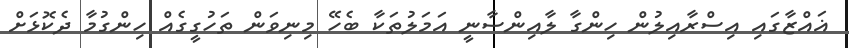
ޣައްޒާގައި އިސްރާއިލުން ހިންގާ ލާއިންސާނީ އަމަލުތަކާ ބެހޭ މިނިވަން ތަހުގީގެއް ހިންގުމާ ދެކޮޅަށް